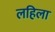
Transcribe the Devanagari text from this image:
लहिला